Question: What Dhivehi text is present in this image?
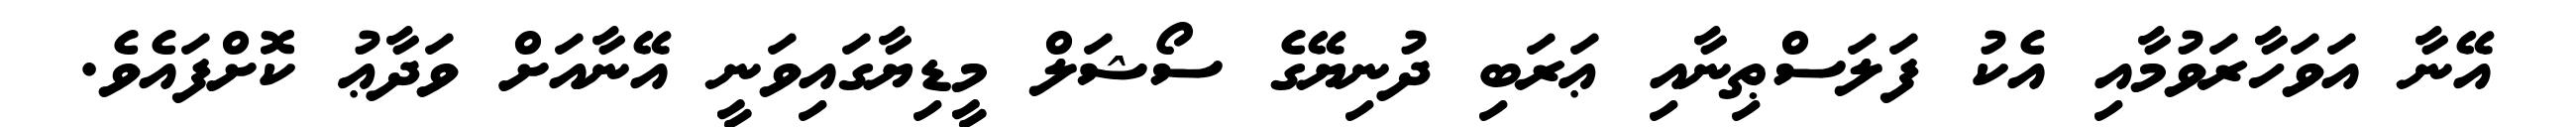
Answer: އޭނާ އަވަހާރަވުމާއި އެކު ފަލަސްޠިނާއި ޢަރަބި ދުނިޔޭގެ ސޯޝަލް މީޑިޔާގައިވަނީ އޭނާއަށް ވަދާޢު ކޮށްފައެވެ.